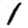
Digit: 1